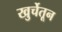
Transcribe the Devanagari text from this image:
खुर्चेतून